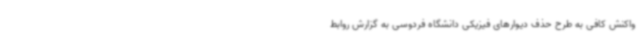
واکنش کافی به طرح حذف دیوارهای فیزیکی دانشگاه فردوسی به گزارش روابط